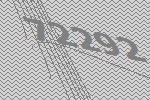
72292